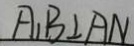
A _ { 1 } B \bot A N